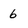
Character: 6